Mental hospitals Bombay report 1929-33 - 1929-1933
Year: 1929
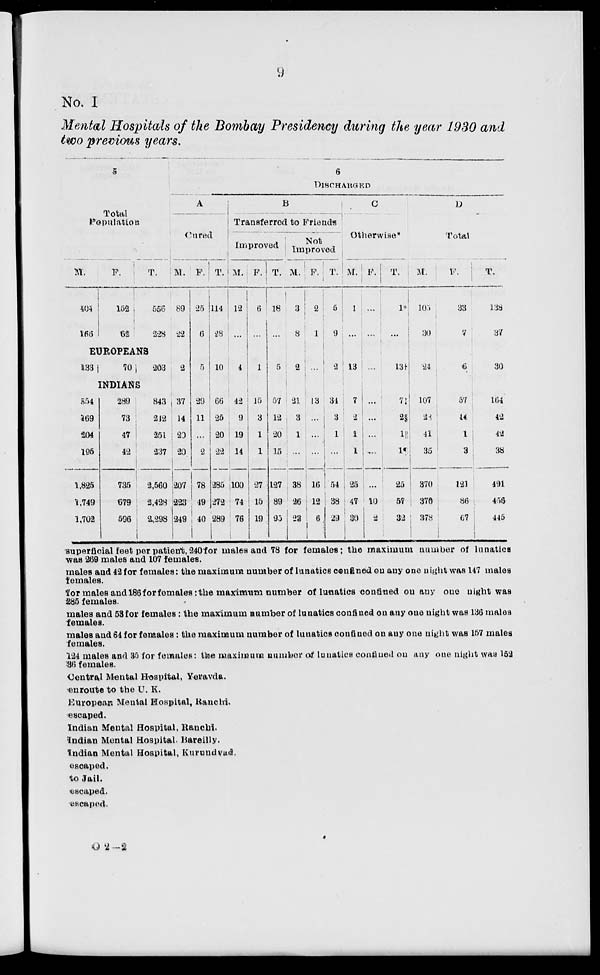
9
No. I
Mental Hospitals of the Bombay Presidency during the year 1930 and
two previous years.
5
Total
Population
M.
404
166
F.
152
62
T.
556
228
6
DISCHARGED
A
Cured
M.
89
22
EUROPEANS
133
70
203
INDIANS
554
169
204
195
1,825
1,749
1,702
289
73
47
42
735
679
596
843
212
351
237
2,560
2,428
2,298
2
37
14
20
20
207
223
249
F.
25
6
5
29
11
...
2
78
49
40
T.
114
28
10
66
25
20
22
285
272
289
B
Transferred to Friends
Improved
M.
12
...
4
42
9
19
14
100
74
76
F.
6
...
1
15
3
1
1
27
15
19
T.
18
...
5
57
12
20
15
127
89
95
Not
Improved
M.
3
8
2
21
3
1
...
38
26
23
F.
2
1
...
13
...
...
...
16
12
6
T.
5
9
2
34
3
1
...
54
38
29
C
Otherwise*
M.
1
...
13
7
2
1
1
25
47
30
F.
...
...
...
...
...
...
...
...
10
2
T.
1*
...
13†
7
2§
1
1¶
25
57
32
D
Total
M.
103
30
21
107
28
41
35
370
370
378
F.
33
7
6
57
14
1
3
121
86
67
T.
138
37
30
164
42
42
38
491
456
445
superficial feet per patient, 240 for males and 78 for females; the maximum number of lunatics
was 269 males and 107 females.
males and 42 for females : the maximum number of lunatics confined on any one night was 147 males
females.
for males and 186 for females: the maximum number of lunatics confined on any one night was
285 females.
males and 53 for females: the maximum number of lunatics confined on any one night was 136 males
females.
males and 64 for females: the maximum number of lunatics confined on any one night was 157 males
females.
124 males and 35 for females: the maximum number of lunatics confined on any one night was 152
36 females.
Central Mental Hospital, Yeravda.
enroute to the U. K.
European Mental Hospital , Ranchi.
escaped.
Indian Mental Hospital, Ranchi.
Indian Mental Hospital. Bareilly.
Indian Mental Hospital, Kurundvad.
escaped.
to Jail.
escaped.
escaped.
O 2 – 2